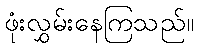
ဖုံးလွှမ်းနေကြသည်။